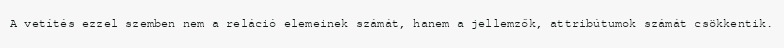
A vetítés ezzel szemben nem a reláció elemeinek számát, hanem a jellemzők, attribútumok számát csökkentik.